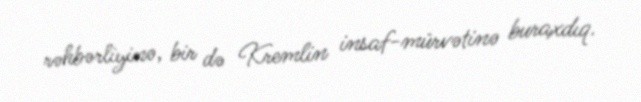
rəhbərliyinə, bir də Kremlin insaf-mürvətinə buraxdıq.